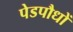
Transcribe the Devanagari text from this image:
पेडपौधों